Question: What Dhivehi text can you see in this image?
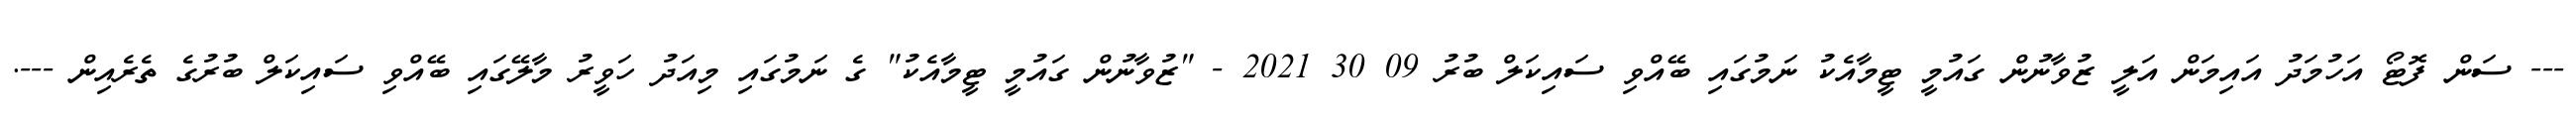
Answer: --- ސަން ފޮޓޯ އަހުމަދު އައިމަން އަލީ ޒުވާނުން ގައުމީ ޓީމާއެކު ނަމުގައި ބޭއްވި ސައިކަލް ބުރު 09 30 2021 - "ޒުވާނުން ގައުމީ ޓީމާއެކު" ގެ ނަމުގައި މިއަދު ހަވީރު މާލޭގައި ބޭއްވި ސައިކަލް ބުރުގެ ތެރެއިން ---.